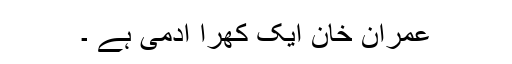
عمران خان ایک کھرا آدمی ہے ۔